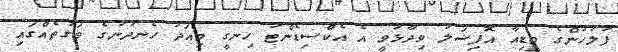
ފުލުހުންގެ މީޑިއާ އޮފިޝަލު ވިދާޅުވީ އެ އެކްސިޑެންޓު ހިނގީ މިއަދު ހެނދުނުގެ ވަގުތެއްގައި